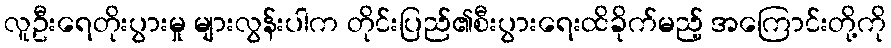
လူဦးရေတိုးပွားမှု များလွန်းပါက တိုင်းပြည်၏စီးပွားရေးထိခိုက်မည့် အကြောင်းတို့ကို